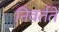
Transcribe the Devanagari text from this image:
निवर्तते